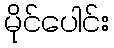
မိုင်ပေါင်း